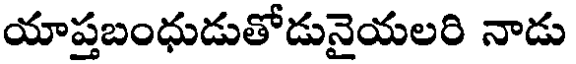
యాప్తబంధుడుతోడునైయలరి నాడు